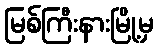
မြစ်ကြီးနားမြို့မှ